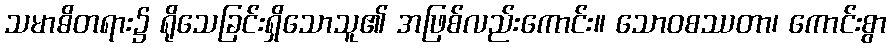
သမာဓိတရား၌ ရိုသေခြင်းရှိသောသူ၏ အဖြစ်လည်းကောင်း။ သောဝစဿတာ၊ ကောင်းစွာ